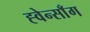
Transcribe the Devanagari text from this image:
ह्वेन्साँग